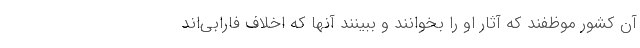
آن کشور موظفند که آثار او را بخوانند و ببینند آنها که اخلاف فارابی‌اند